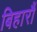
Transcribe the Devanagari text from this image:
बिहारौं